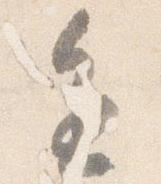
進